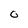
Character: O